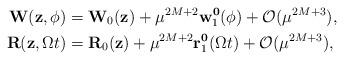
LaTeX: \begin{align*}\mathbf{W}(\mathbf{z},\phi)&=\mathbf{W}_0(\mathbf{z})+\mu^{2M+2}\mathbf{w}^{\mathbf{0}}_1(\phi)+\mathcal{O}(\mu^{2M+3}),\\\mathbf{R}(\mathbf{z},\Omega t)&=\mathbf{R}_0(\mathbf{z})+\mu^{2M+2}\mathbf{r}^{\mathbf{0}}_1(\Omega t)+\mathcal{O}(\mu^{2M+3}),\end{align*}